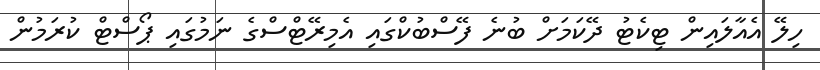
ހިލޭ އެއާލައިން ޓިކެޓު ދޭކަމަށް ބުނެ ފޭސްބުކްގައި އެމިރޭޓްސްގެ ނަމުގައި ޕޯސްޓް ކުރަމުން